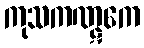
ကုသကဏ္ဋကေ